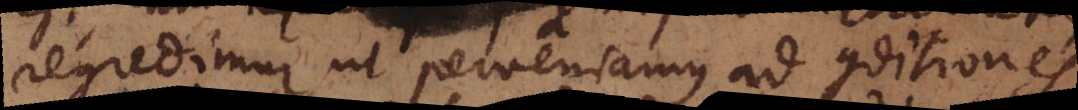
regredimur ut perveniamus ad conditiones